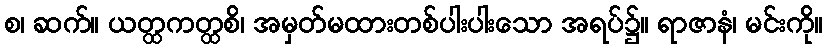
စ၊ ဆက်။ ယတ္ထကတ္ထစိ၊ အမှတ်မထားတစ်ပါးပါးသော အရပ်၌။ ရာဇာနံ၊ မင်းကို။